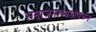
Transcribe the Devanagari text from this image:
समाजमाध्यमांवरून